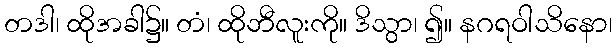
တဒါ၊ ထိုအခါ၌။ တံ၊ ထိုဘီလူးကို။ ဒိသွာ၊ ၍။ နဂရဝါသိနော၊